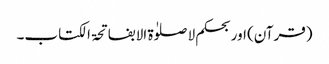
(قرآن) اور بحکم لا صلوٰۃ الا بفاتحۃ الکتاب۔